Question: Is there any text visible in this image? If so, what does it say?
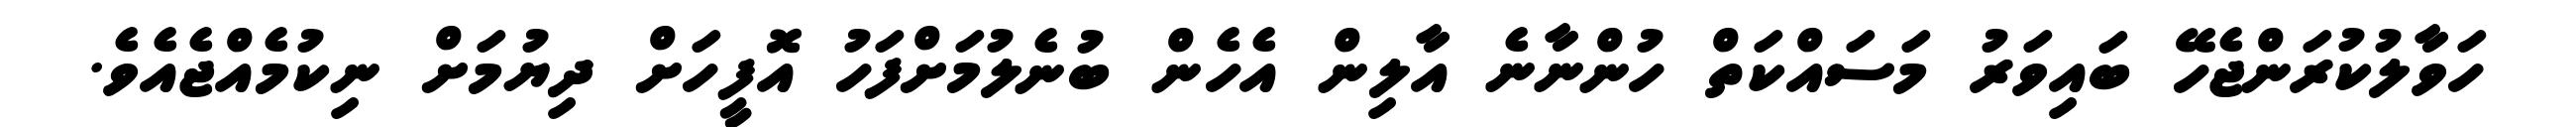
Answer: ހަވާލުކުރަންޖެހޭ ބައިވަރު މަސައްކަތް ހުންނާނެ އާލިން އެހެން ބުނެލުމަށްފަހު އޮފީހަށް ދިޔުމަށް ނިކުމެއްޖެއެވެ.